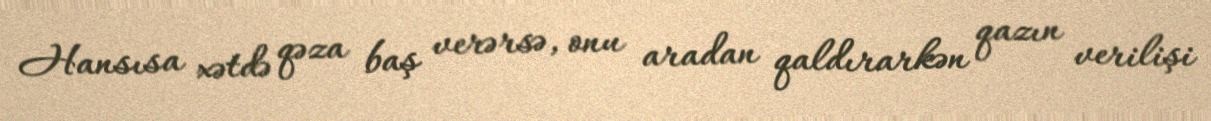
Hansısa xətdə qəza baş verərsə, onu aradan qaldırarkən qazın verilişi